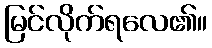
မြင်လိုက်ရလေ၏။